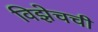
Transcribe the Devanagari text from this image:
विझेचची